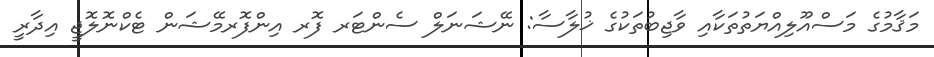
މަޤާމުގެ މަސްއޫލިއްޔަތުތަކާއި ވާޖިބުތަކުގެ ޚުލާސާ: ނޭޝަނަލް ސެންޓަރ ފޮރ އިންފޮރމޭޝަން ޓެކްނޮލޮޖީ އިދާރީ